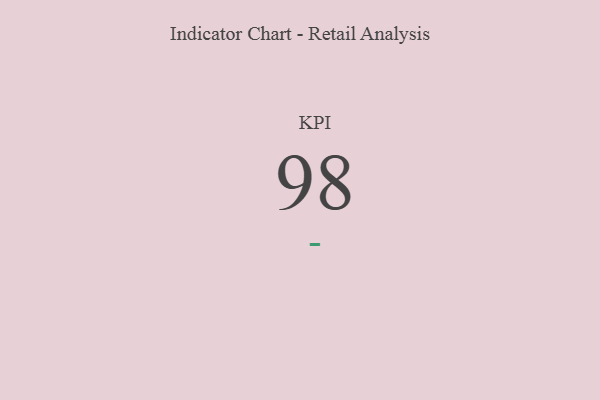
{"axis": {"x": "KPI", "y": "Value"}, "legend": [""], "data": [{"x": "KPI", "y": 98, "type": ""}]}